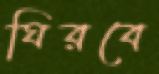
ঘিরবে